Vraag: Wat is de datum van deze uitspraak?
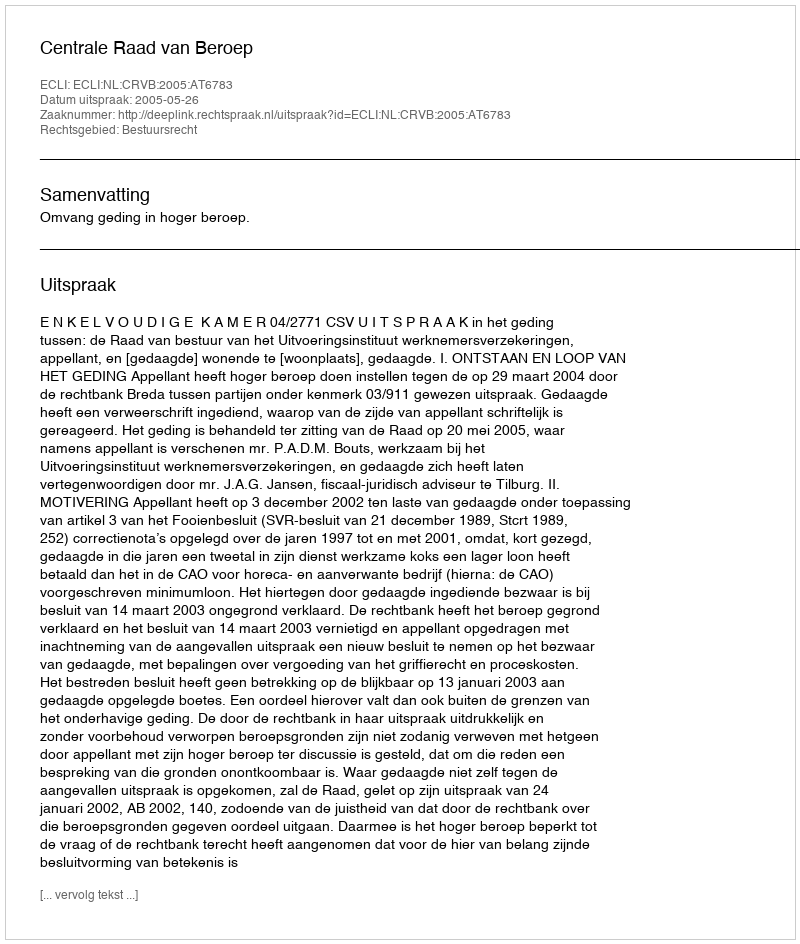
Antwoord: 2005-05-26